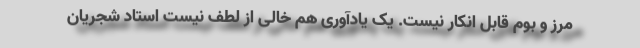
مرز و بوم قابل انکار نیست. یک یادآوری هم خالی از لطف نیست استاد شجریان